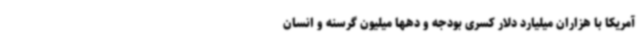
آمریکا با هزاران میلیارد دلار کسری بودجه و دهها میلیون گرسنه و انسان